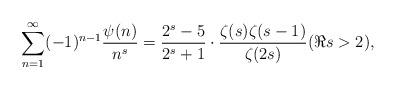
LaTeX: \begin{align*} \sum_{n=1}^{\infty} (-1)^{n-1} \frac{\psi(n)}{n^s} =\frac{2^s-5}{2^s+1} \cdot \frac{\zeta(s)\zeta(s-1)}{\zeta(2s)} (\Re s>2),\end{align*}